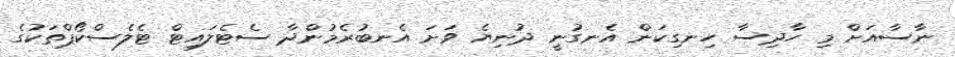
ނާސާއަށް މި ހާދިސާ ހިނގިކަން އެނގުނީ ދުނިޔެ ވަށަ އެނބުރެމުންދާ ސެޓެލައިޓް ޓެލެސްކޯޕްތަކުގެ